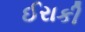
ઈરાકી